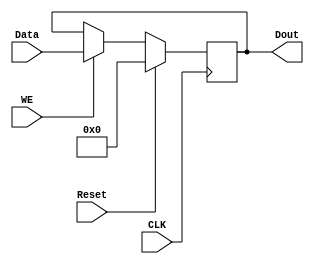
`timescale 1ns / 1ps
//////////////////////////////////////////////////////////////////////////////////
// Company: 
// Engineer: 
// 
// Design Name: 
// Module Name:    reg32
// Project Name: 
// Target Devices: 
// Tool versions: 
// Description: 
//
// Dependencies: 
//
// Revision: 
// Revision 0.01 - File Created
// Additional Comments: 
//
//////////////////////////////////////////////////////////////////////////////////
module reg32(
    input CLK,
    input [31:0] Data,
    output reg [31:0] Dout,
    input WE,
	 input Reset
    );

always @(posedge CLK) begin
	if (Reset)
		Dout <= 32'h0000_0000;
	else if (WE)
		Dout <= Data;
	else
		Dout <= Dout;
end

endmodule